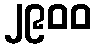
၂၉၀၀